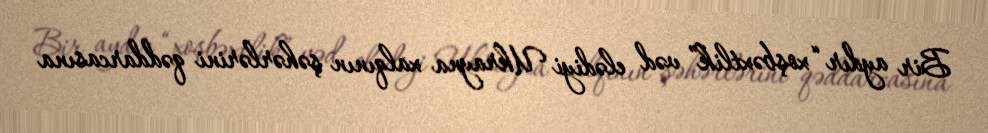
Bir aydır “xoşbəxtlik” vəd elədiyi Ukrayna xalqının şəhərlərini qəddarcasına